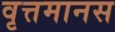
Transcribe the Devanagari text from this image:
वृत्तमानस